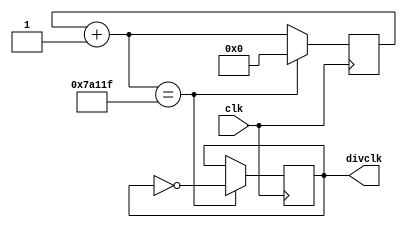
`timescale 1ns / 1ps
//////////////////////////////////////////////////////////////////////////////////
// Company: 
// Engineer: 
// 
// Design Name: 
// Module Name: clkdiv
// Project Name: 
// Target Devices: 
// Tool Versions: 
// Description: 
// 
// Dependencies: 
// 
// Revision:
// Revision 0.01 - File Created
// Additional Comments:
// 
//////////////////////////////////////////////////////////////////////////////////


module tickclkdiv(
    clk,divclk
    );
    input clk;
    output reg divclk;
    parameter interval = 1_000_000;
    reg [31:0] cnt;
    initial cnt = 0;
    initial divclk = 0;
    always @(posedge clk) begin
      cnt = cnt + 1;
      if (cnt == interval/2 - 1 ) begin
        divclk = ~divclk;
        cnt = 0;
      end
    end
endmodule